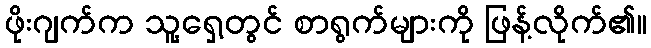
ဖိုးဂျက်က သူ့ရှေ့တွင် စာရွက်များကို ဖြန့်လိုက်၏။